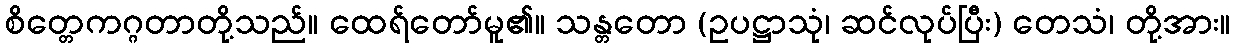
စိတ္တေကဂ္ဂတာတို့သည်။ ထေရ်တော်မူ၏။ သန္တတော (ဥပဋ္ဌာသုံ၊ ဆင်လုပ်ပြီး) တေသံ၊ တို့အား။